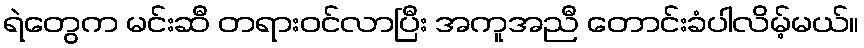
ရဲတွေက မင်းဆီ တရားဝင်လာပြီး အကူအညီ တောင်းခံပါလိမ့်မယ်။